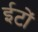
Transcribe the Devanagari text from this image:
ईटोंं